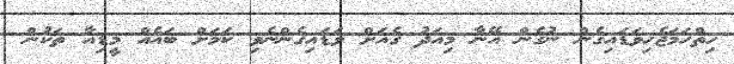
ހިތްހަމަޖެހިވަޑައިގެން ނުގެން އޭނާ މިއަދު ގެއަށް ވަޑައިގެންނެވި ކަމަށް ބައެއް މީޑިއާ ތަކުން